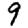
Digit: 9